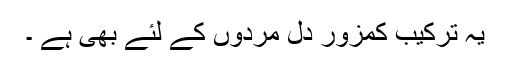
یہ ترکیب کمزور دل مردوں کے لئے بھی ہے ۔